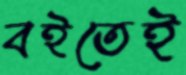
বইতেই